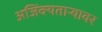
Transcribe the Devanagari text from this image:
अजिंक्यतार्‍यावर